Scottish Certificate of Education, 1962
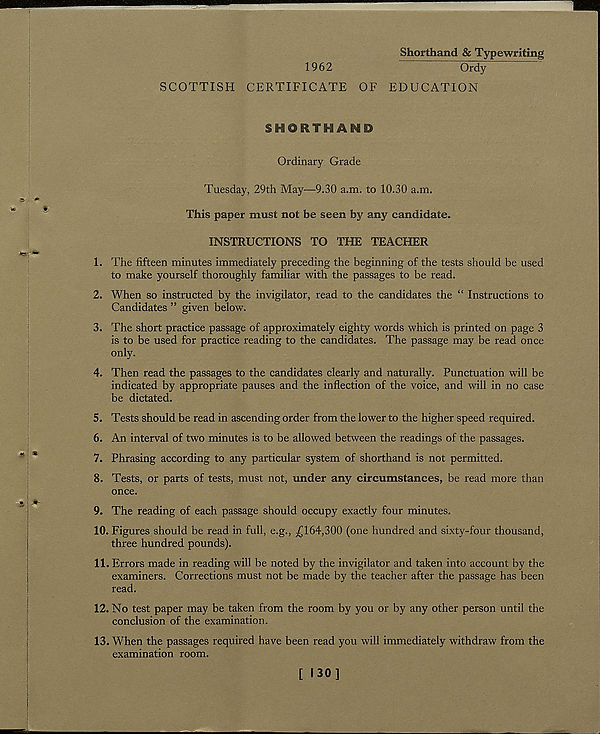
Shorthand & Typewriting
1962
SCOTTISH CERTIFICATE OF EDUCATION
SHORTHAf^O
Ordinary Grade
Tuesday, 29th May—9.30 a.m. to 10.30 a.m.
This paper must not be seen by any candidate.
INSTRUCTIONS TO THE TEACHER
1. The fifteen minutes immediately preceding the beginning of the tests should be used
to make yourself thoroughly familiar with the passages to be read.
2. When so instructed by the invigilator, read to the candidates the “ Instructions to
Candidates ” given below.
3. The short practice passage of approximately eighty words which is printed on page 3
is to be used for practice reading to the candidates. The passage may be read once
only.
4. Then read the passages to the candidates clearly and naturally. Punctuation will be
indicated by appropriate pauses and the inflection of the voice, and will in no case
be dictated.
5. Tests should be read in ascending order from the lower to the higher speed required.
6. An interval of two minutes is to be allowed between the readings of the passages.
7. Phrasing according to any particular system of shorthand is not permitted.
8. Tests, or parts of tests, must not, under any circumstances, be read more than
once.
9. The reading of each passage should occupy exactly four minutes.
10. Figures should be read in full, e.g., ^164,300 (one hundred and sixty-four thousand,
three hundred pounds).
11. Errors made in reading will be noted by the invigilator and taken into account by the
examiners. Corrections must not be made by the teacher after the passage has been
read.
12. No test paper may be taken from the room by you or by any other person until the
conclusion of the examination.
13. When the passages required have been read you will immediately withdraw from the
examination room.
[ 130]